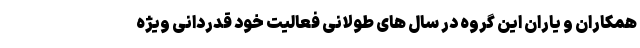
همکاران و یاران این گروه در سال های طولانی فعالیت خود قدردانی ویژه